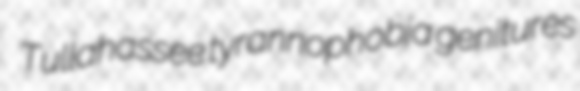
Tullahassee tyrannophobia genitures